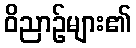
ဝိညာဉ်များ၏